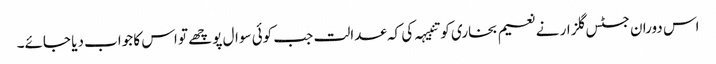
اس دوران جسٹس گلزار نے نعیم بخاری کو تنبیہہ کی کہ عدالت جب کوئی سوال پوچھے تو اس کا جواب دیا جائے۔